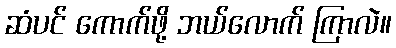
ဆံပင် ကောက်ဖို့ ဘယ်လောက် ကြာလဲ။